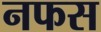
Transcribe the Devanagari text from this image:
नफस